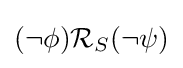
(\neg \phi ){\mathcal {R}}_{S}(\neg \psi )